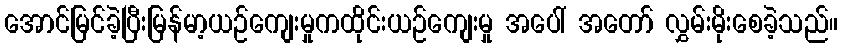
အောင်မြင်ခဲ့ပြီးမြန်မာ့ယဉ်ကျေးမှုကထိုင်းယဉ်ကျေးမှု အပေါ် အတော် လွှမ်းမိုးစေခဲ့သည်။